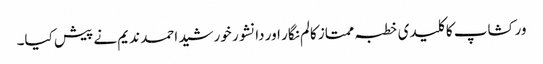
ورکشاپ کا کلیدی خطبہ ممتاز کالم نگار اور دانشور خورشید احمد ندیم نے پیش کیا۔